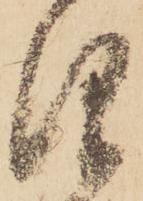
仰